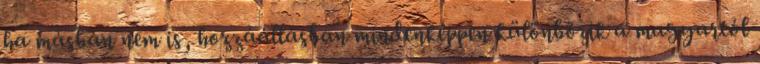
ha másban nem is, hozzáállásban mindenképpen különbözik a magyartól